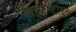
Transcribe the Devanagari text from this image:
वाइजेन्टाइन